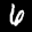
Label: 6